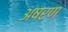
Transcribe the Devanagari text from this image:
अषरण